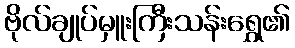
ဗိုလ်ချုပ်မှူးကြီးသန်းရွှေ၏